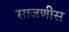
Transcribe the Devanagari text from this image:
साजणीस